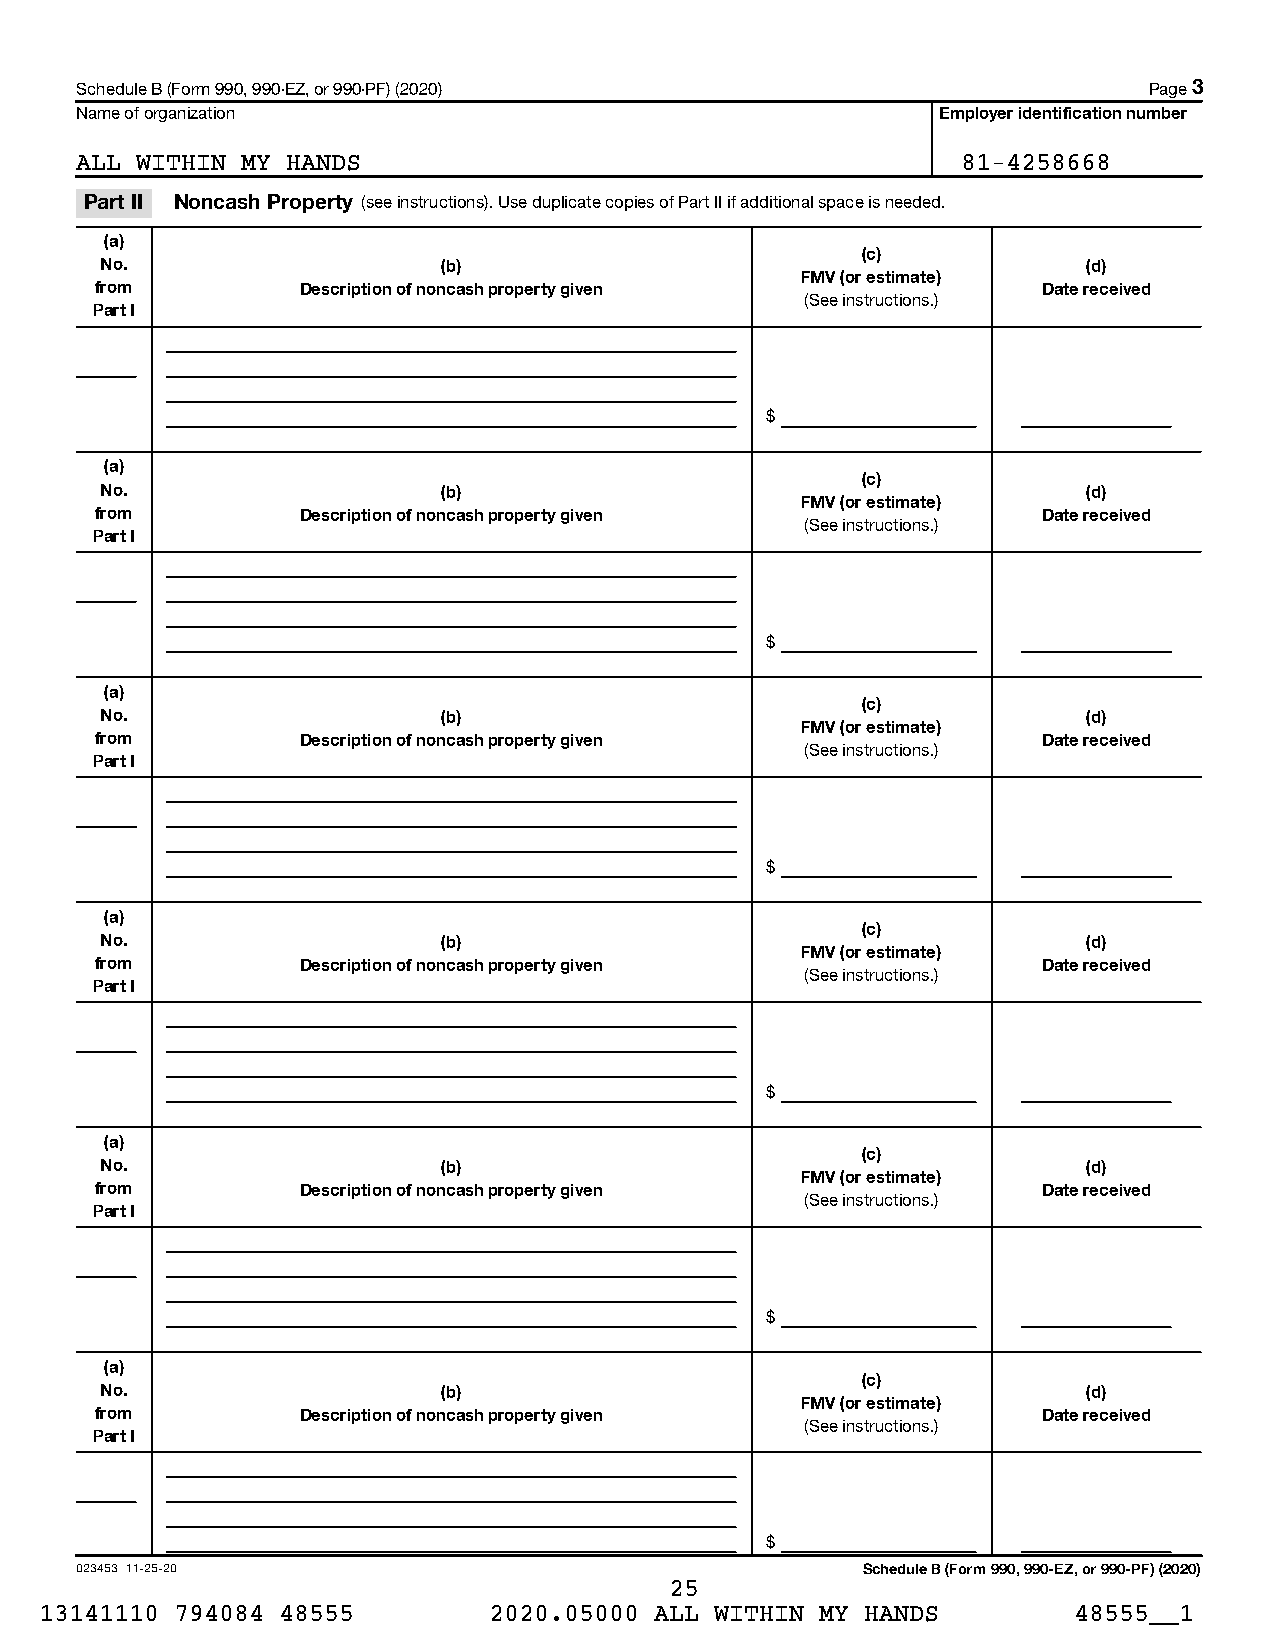
Schedule B (Form 990, 990-EZ, or 990-PF) (2020)                        Page 3
 Name of organization                                     Employer identification number
 ALL WITHIN MY HANDS                                        81-4258668
 Part II Noncash Property (see instructions). Use duplicate copies of Part II if additional space is needed.
 (a)
 (c)
 No.                   (b)                                        (d)
 FMV (or estimate)
 from          Description of noncash property given            Date received
 (See instructions.)
 Part I
 $
 (a)
 (c)
 No.                   (b)                                        (d)
 FMV (or estimate)
 from          Description of noncash property given            Date received
 (See instructions.)
 Part I
 $
 (a)
 (c)
 No.                   (b)                                        (d)
 FMV (or estimate)
 from          Description of noncash property given            Date received
 (See instructions.)
 Part I
 $
 (a)
 (c)
 No.                   (b)                                        (d)
 FMV (or estimate)
 from          Description of noncash property given            Date received
 (See instructions.)
 Part I
 $
 (a)
 (c)
 No.                   (b)                                        (d)
 FMV (or estimate)
 from          Description of noncash property given            Date received
 (See instructions.)
 Part I
 $
 (a)
 (c)
 No.                   (b)                                        (d)
 FMV (or estimate)
 from          Description of noncash property given            Date received
 (See instructions.)
 Part I
 $
 023453 11-25-20                                     Schedule B (Form 990, 990-EZ, or 990-PF) (2020)
 25
 13141110 794084 48555        2020.05000 ALL WITHIN MY HANDS         48555__1